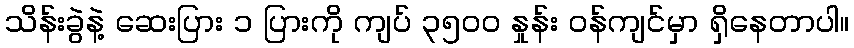
သိန်းခွဲနဲ့ ဆေးပြား ၁ ပြားကို ကျပ် ၃၅၀၀ နှုန်း ဝန်ကျင်မှာ ရှိနေတာပါ။